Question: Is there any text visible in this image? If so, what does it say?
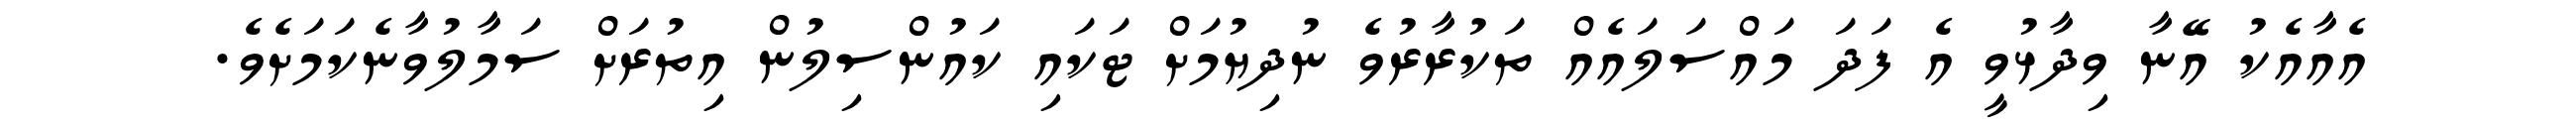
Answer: އެއާއެކު އޭނާ ވިދާޅުވީ އެ ފަދަ މައްސަލައެއް ތަކުރާރުވެ ނުދިޔުމަށް ޓަކައި ކައުންސިލުން އިތުރަށް ސަމާލުވާނެކަމަށެވެ.